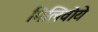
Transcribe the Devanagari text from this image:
मिलिवोये